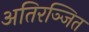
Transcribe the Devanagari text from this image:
अतिरञ्जित